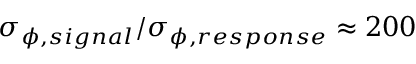
\sigma _ { \phi , s i g n a l } / \sigma _ { \phi , r e s p o n s e } \approx 2 0 0